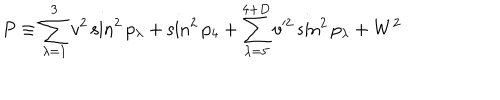
P \equiv \sum _ { \lambda = 1 } ^ { 3 } v ^ { 2 } \sin ^ { 2 } p _ { \lambda } + \sin ^ { 2 } p _ { 4 } + \sum _ { \lambda = 5 } ^ { 4 + D } v ^ { 2 } \sin ^ { 2 } p _ { \lambda } + W ^ { 2 }